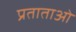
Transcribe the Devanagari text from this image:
प्रताताओं